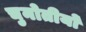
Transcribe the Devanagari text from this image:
चुनोतीयों